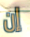
إن